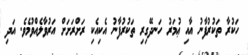
ހަކުރާ ތަކުރުފާނު އާއި ޢުމަރު ހަނދޭގިރި ތަކުރުފާނު އެކިއެކި ރަށްރަށަށް އަރުވާލެއްވުމެވެ. އަދި